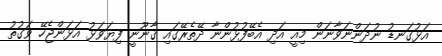
އަޅުގަނޑު ނުދަންނަވާނަން މިއީ އަދި އެބޭފުޅުންނާ ދޭތެރޭގައި ޤާނޫނީ ފިޔަވަޅު އަޅަންޖެހޭ ވަގުތު